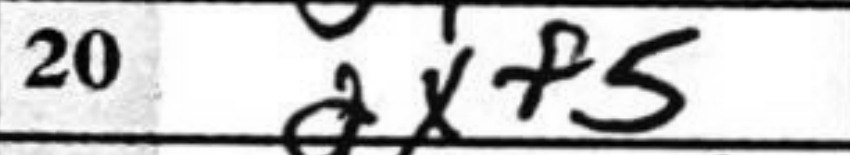
Transcription: gxf5